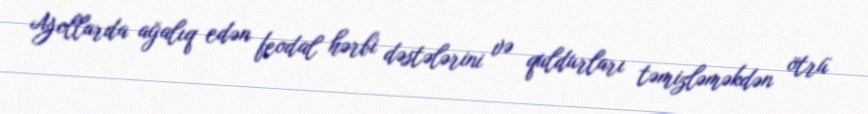
Yollarda ağalıq edən feodal hərbi dəstələrini və quldurları təmizləməkdən ötrü